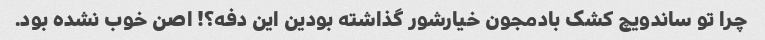
چرا تو ساندویچ کشک بادمجون خیارشور گذاشته بودین این دفه؟! اصن خوب نشده بود.